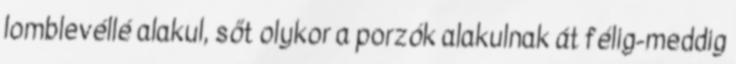
lomblevéllé alakul, sőt olykor a porzók alakulnak át félig-meddig